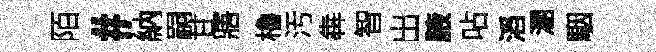
陌#納嗣甘寤櫓汚犇智出腋呫滔溷駰